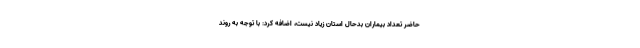
حاضر تعداد بیماران بدحال استان زیاد نیست، اضافه کرد: با توجه به روند